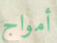
أمواج